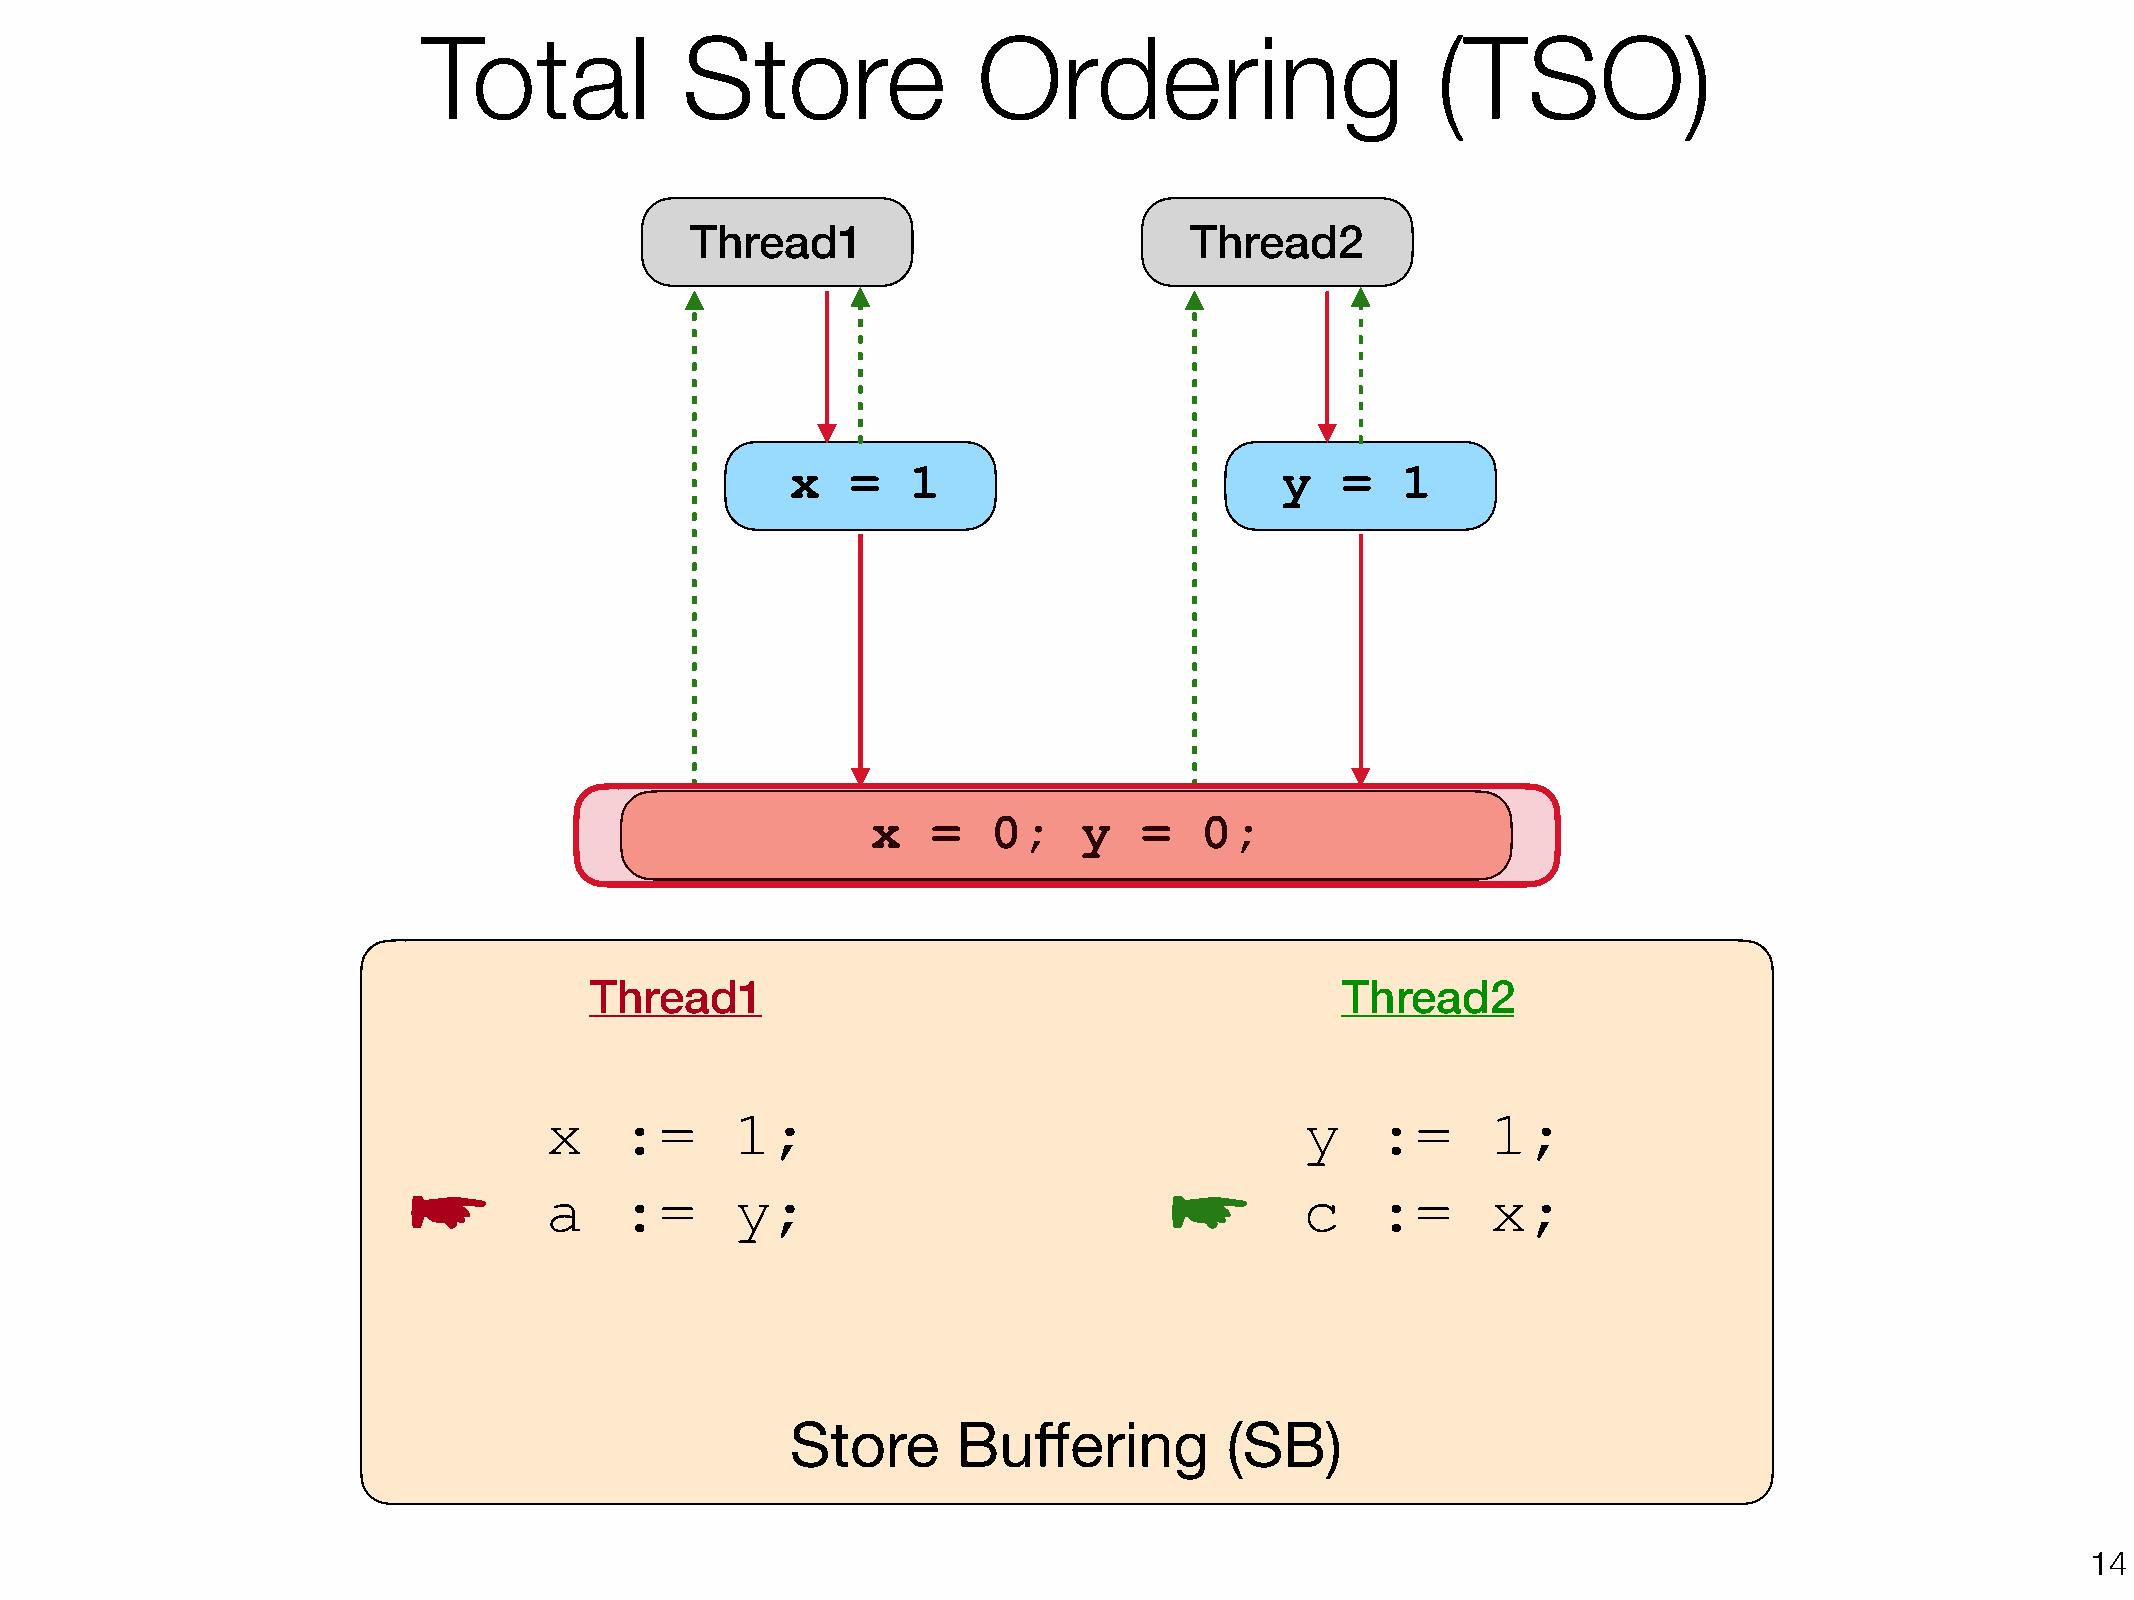
Total            Store               Ordering                      (TSO)
 Thread1                          Thread2
 x   =   1                        y   =   1
 x   =   0;    y   =   0;
 Thread1                                           Thread2
 x    :=      1;                                   y    :=      1;
 ☛                                                 ☛
 a    :=      y;                                   c    :=      x;
 Store      Buffering         (SB)
 !14